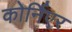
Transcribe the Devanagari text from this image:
कोर्निएर